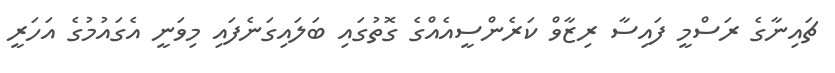
ޗައިނާގެ ރަސްމީ ފައިސާ ރިޒާވް ކަރެންސީއެއްގެ ގޮތުގައި ބަލައިގަނެފައި މިވަނީ އެގައުމުގެ އަހަރީ